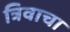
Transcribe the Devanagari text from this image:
त्रिवाचा